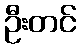
ဦးတင်